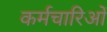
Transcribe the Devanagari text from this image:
कर्मचारिओं